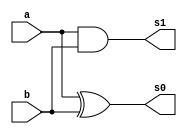
// ------------------------- 
// Exemplo0031 - SOMADOR ALG
// Nome: Gabriel Carlos Damasceno Arriel
// ------------------------- 
// -------------------------
//  somador algebrico
// -------------------------
module halfAdder (output s1, output s0, input a, input b);
	xor (s0, a, b);
	and (s1, a, b);
endmodule // halfAdder

module fullAdder (output carryOut, output s, input  a, input  b, input carryIn);
	wire s2,s1,s0;
	
	halfAdder HA1 (s1, s0, a, b);
	halfAdder HA2 (s2, s, s0, carryIn);
	or            (carryOut, s1, s2);
endmodule // fullAdder

module somadorAlg (output [3:0]s, input [2:0]a, input [2:0]b, input carryIn);
	wire s3,s4,s5,cout1,cout2,cout3;
	
	xor XOR1      (s3, b[0], carryIn);
	xor XOR2      (s4, b[1], carryIn);
	xor XOR3      (s5, b[2], carryIn);
	fullAdder FA1 (cout1, s[0], a[0], s3, carryIn);
	fullAdder FA2 (cout2, s[1], a[1], s4, cout1);
	fullAdder FA3 (cout3, s[2], a[2], s5, cout2);
	xor XOR4      (s[3], cout3, carryIn);
endmodule // somadorAlg

module test_somadorAlg;
// ------------------------- definir dados
   reg [2:0]x;
	reg [2:0]y;
	reg c;
	wire [3:0]soma;
	
	somadorAlg somadif (soma, x, y, c);
	
	initial begin: start
		x = 3'b000; 
		y = 3'b000;
		c = 0;
	end
	
// ------------------------- parte principal
   initial begin
      $display("Exemplo0031 - Gabriel Carlos Damasceno Arriel - 451557");
      $display("Test ALU's somador algebrico");
		$display("------------------ Soma ------------------");
		$display("-------------- CARRY-IN = 0 --------------");
      $monitor("%3b + %3b = %3b",x,y,soma); 
		repeat (7) begin
		#1 y = y + 1;  
		end
		repeat (7) begin
		#1 x = x + 1;
		end
		
		#1
		$display("--------------- Subtrao ---------------");
		$display("-------------- CARRY-IN = 1 --------------");
		#1 x = 3'b000; y = 3'b000; c = 1;
	   $monitor("%3b - %3b = %3b",x,y,soma); 
		repeat (7) begin
		#1 y = y + 1;  
		end
		repeat (7) begin
		#1 x = x + 1;
		end
   end
endmodule // test_somadorAlg